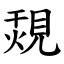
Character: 覝